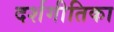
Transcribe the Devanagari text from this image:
दर्शगीतिका